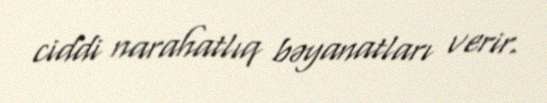
ciddi narahatlıq bəyanatları verir.